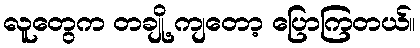
လူတွေက တချို့ ကျတော့ ပြောကြတယ်။